Report of an investigation into the causes of the diseases known in Assam as Kála-Azár and Beri-Beri
Disease focus: Beri-Beri
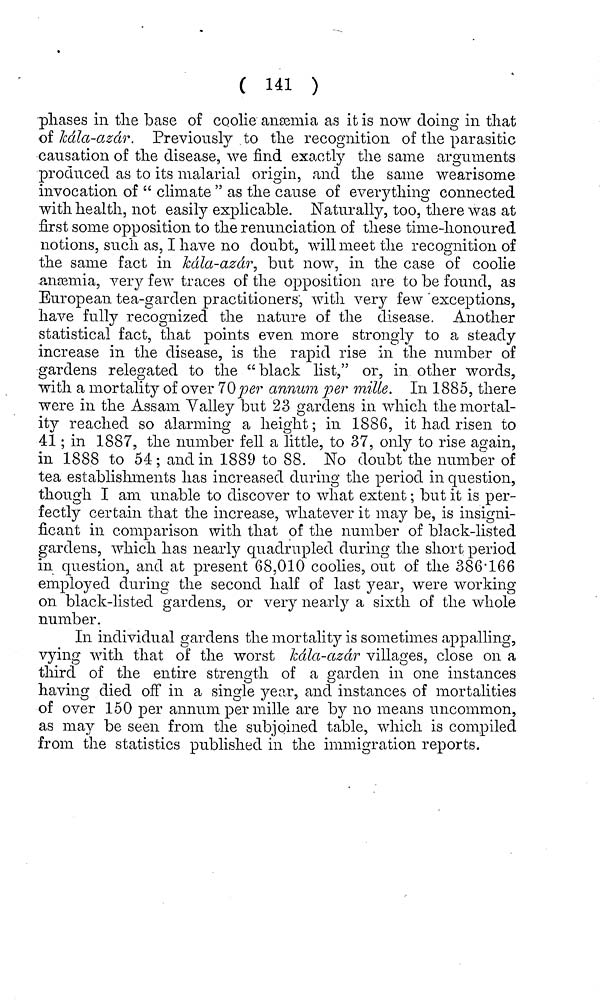
( 147 )
custom, which, is permitted even on some of the best-managed
gardens, is the close association of cattle and human
beings. The large number of coolies who own cows is of
course an excellent sign of their well-being, but this is no
reason for permitting cattle and human beings to share one
dwelling.
In the better cases the coolie builds a small lean-to shed
against his hut, but everyone knows the filthy state in which
natives keep their cattle-sheds, and, in a damp climate like
Assam, the foul drainage from the cattle-shed cannot fail to soak
through into the sub-soil beneath the hut. It is to be doubted if
this arrangement be not actually worse than the actual associa-
tion of cattle and men, as it is probable that, in the latter case, a
certain amount of daily cleaning would be attempted. Provi-
sion should be, of course, made for the housing of the cattle,
but it should be in a quite distinct enclosure, near to, but not
in, the lines, all the cattle being kept together very much in
the fashion of the cattle "kraals" in use among the Zulus.
Care should be also taken that this enclosure should be placed
lower in the drainage line of the land, and, if possible, to
leeward of the coolie-lines with the prevailing wind. The
ground so occupied soon becomes richly manured, and the
Zulus utilize this circumstance by periodically moving their
kraals, and sowing the ground with maize and vegetables, of
which they thus obtain immense crops. This practice has, too
the additional advantage of thoroughly purifying the ground,
though it is needless to remark that this is a consideration
which in no way influences the Zulus, for though their habits
are, in point of fact, far less unsanitary than those of Indians,
this is due rather to the accident of circumstances than to
any particular desire or liking for cleanliness. Perhaps the
greatest fault in the huts of all the coolie-lines I have met with,
and I cannot recall a single exception, is that they are never
provided with any plinth worthy of the name, an omission of
a most fatal character in a country like Assam, where the
raising of dwellings above the damp soil is a matter of the
first importance. Of course, the provision of raised plinths
would be a matter of considerable expense, especially as, in
such a climate as this, nothing short of three or four feet can
be considered adequate. Another disadvantage is that the
necessary excavations would leave the ground honey-combed
with depressions, which would certainly become receptacles for
rubbish, and in the rains would" be always full of filthy stag-
nant water. The whole plan then, of any of the huts I have